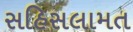
સહિસલામત